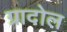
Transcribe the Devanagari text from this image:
ग्रादोल